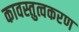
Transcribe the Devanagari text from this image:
कावस्तुत्वकरण